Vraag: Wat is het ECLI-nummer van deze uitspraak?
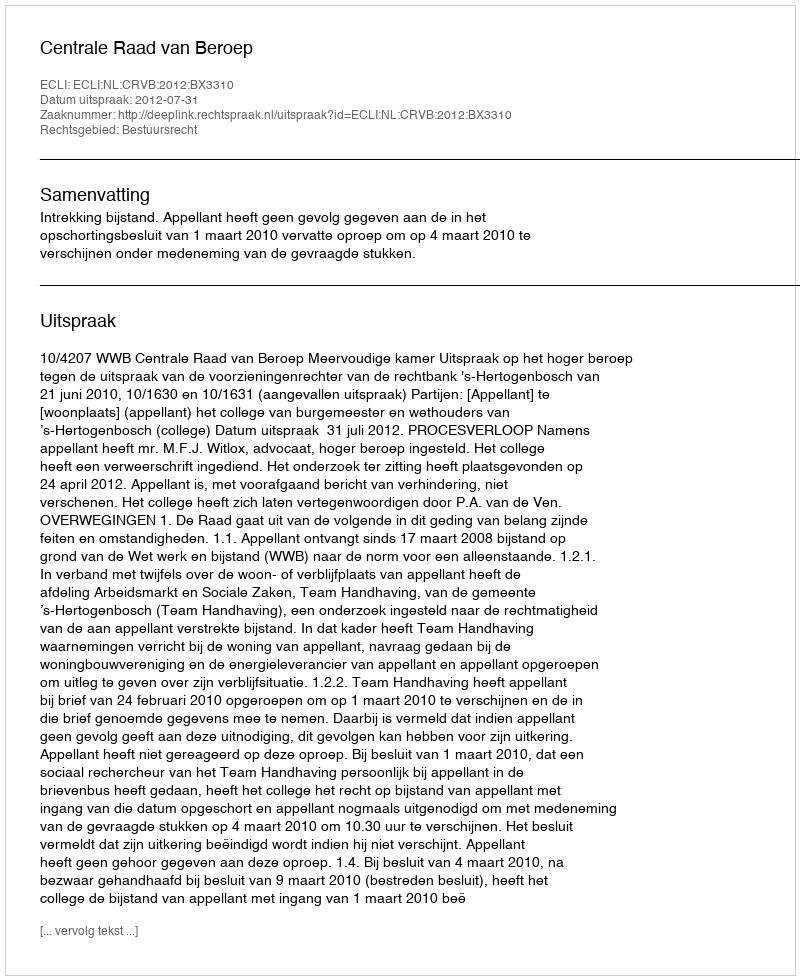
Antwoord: ECLI:NL:CRVB:2012:BX3310